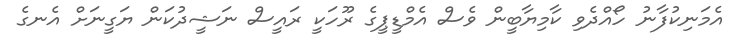
އެމަނިކުފާނު ހޯއްދެވި ކާމިޔާބީން ވެސް އެމްޑީޕީގެ ރޫހަކީ ރައީސް ނަޝީދުކަން ޔަގީނަށް އެނގެ